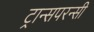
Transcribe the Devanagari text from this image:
ट्रान्सपरन्सी